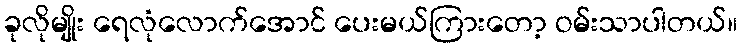
ခုလိုမျိုး ရေလုံလောက်အောင် ပေးမယ်ကြားတော့ ဝမ်းသာပါတယ်။